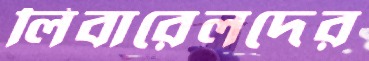
লিবারেলদের